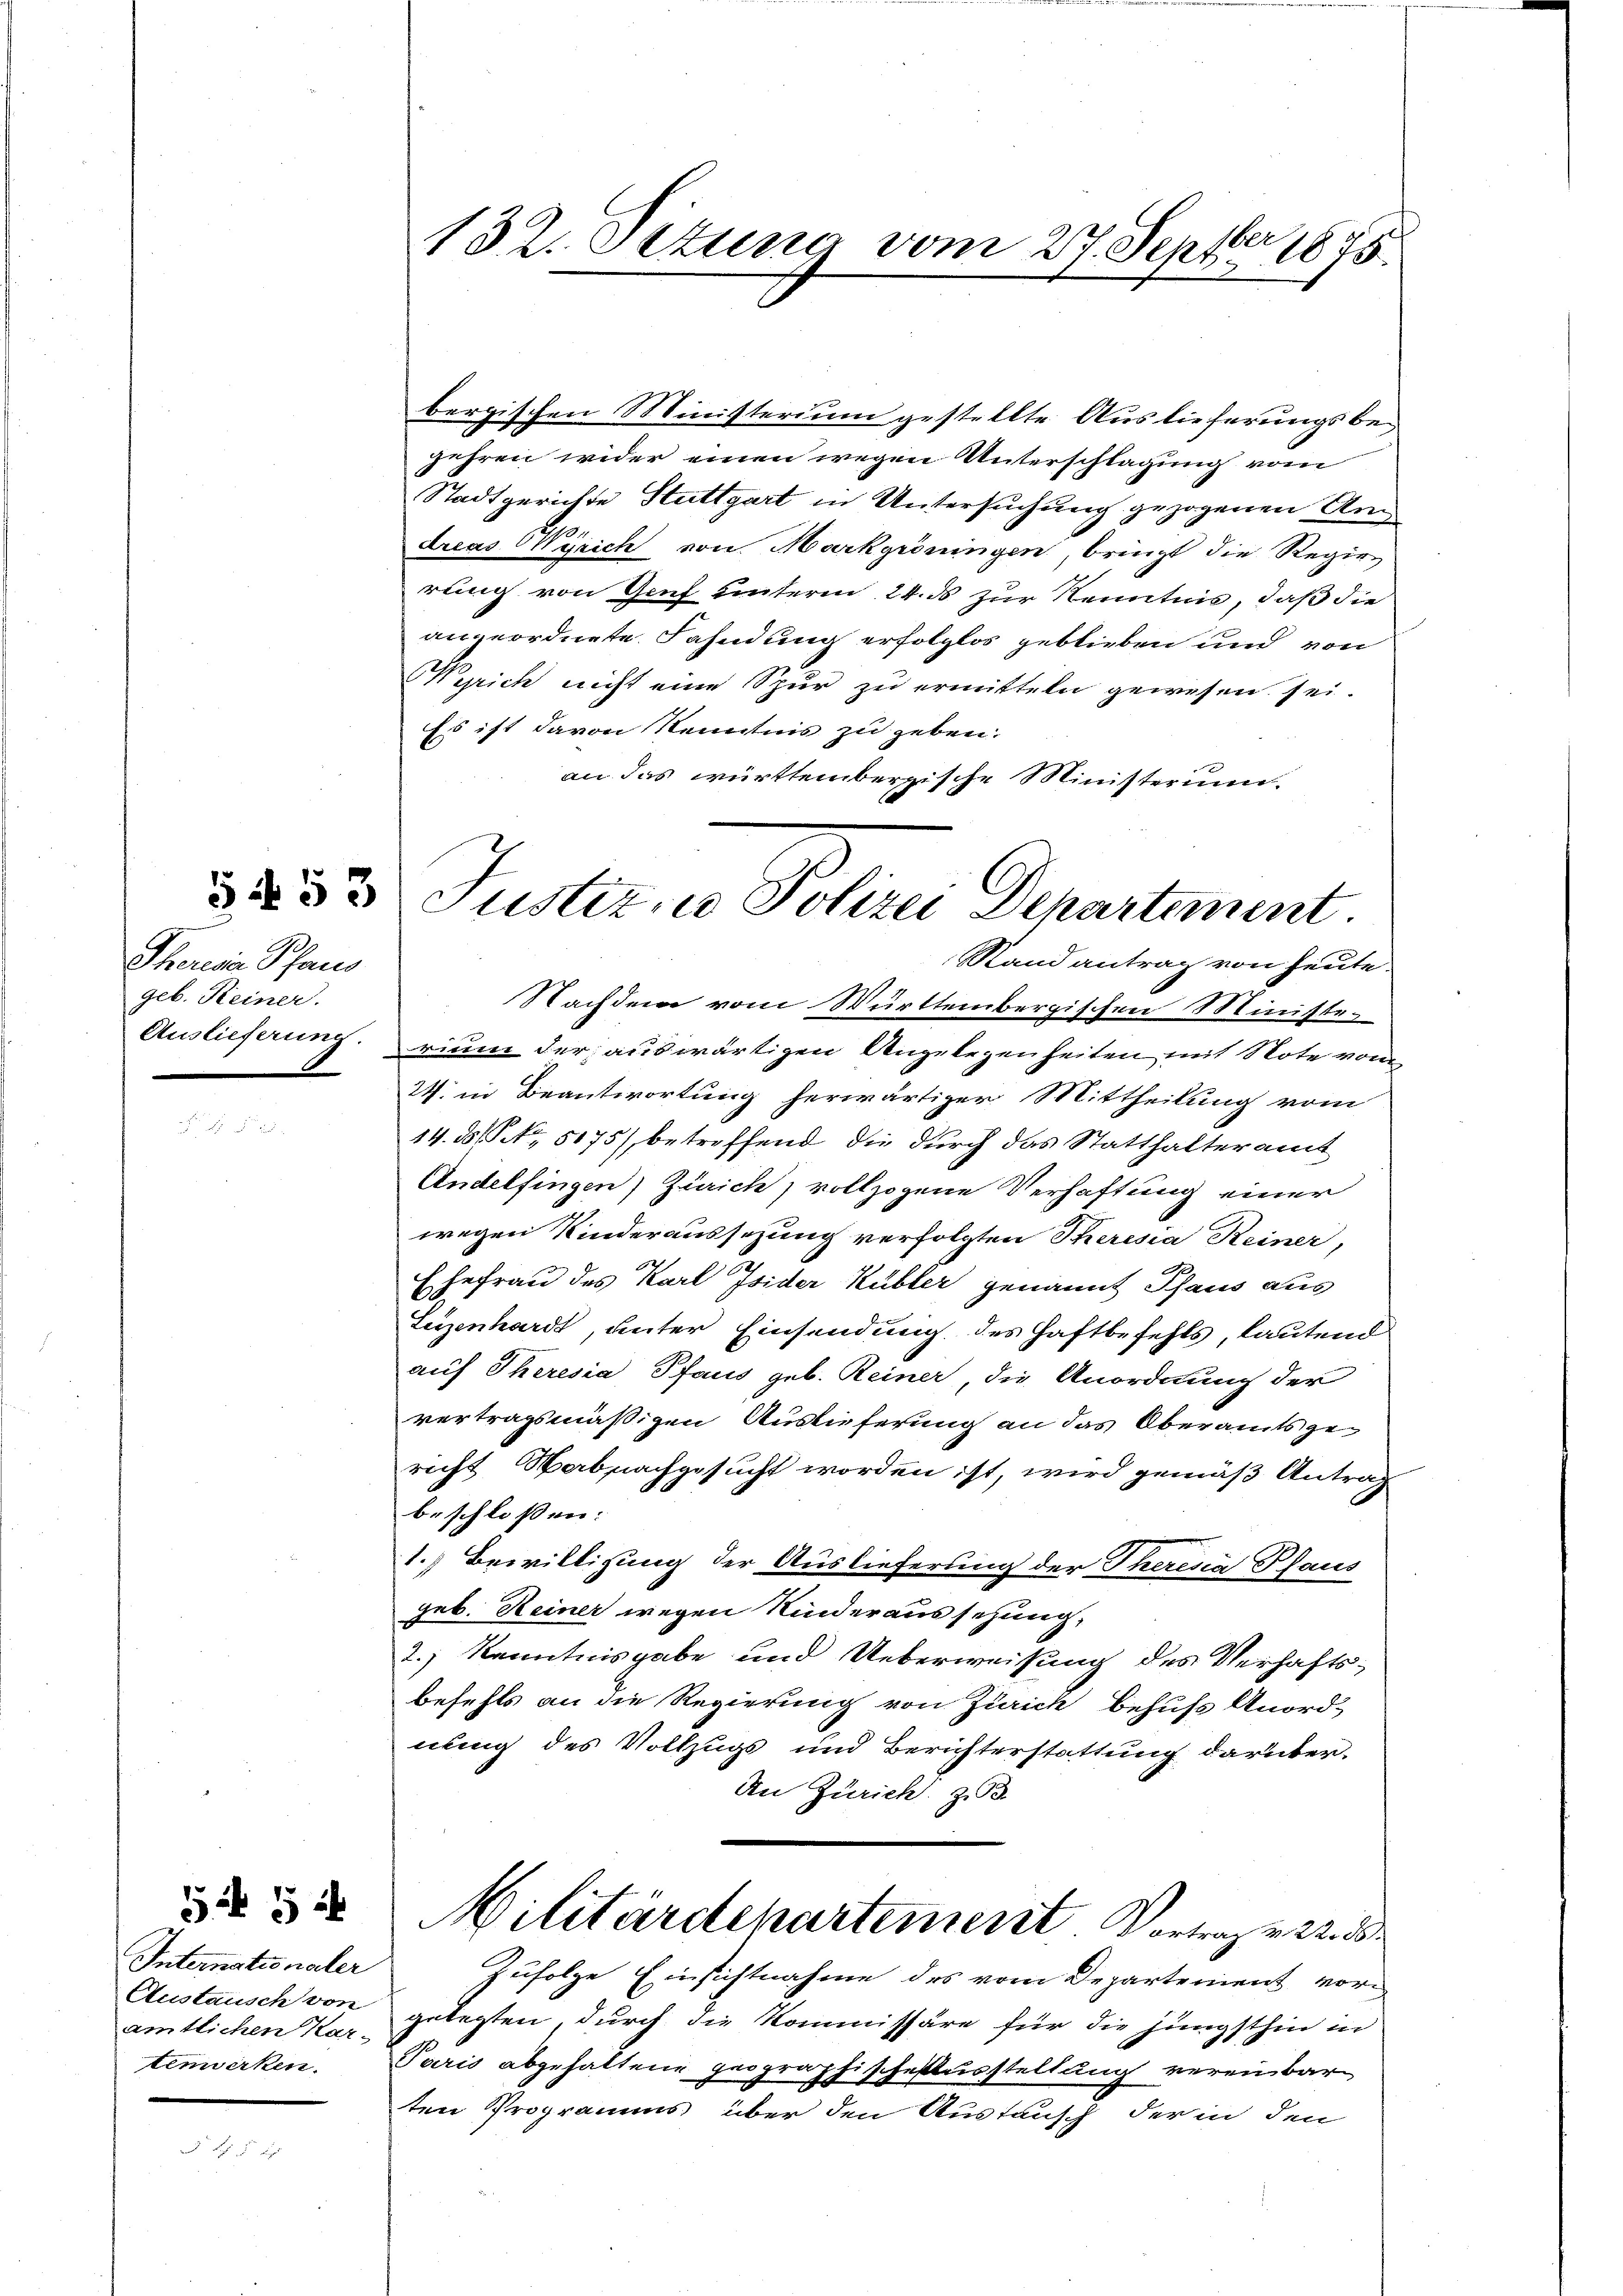
5453

Theresia Pfaus
geb. Keiner.

Internationaler
Austausch von
amtlichen Kar-
tenwirken.

554

bergischen Ministerium gestellte Auslieferungsbegehren wider einen wegen Unterschlagung vom
Stadtgerichte Stuttgart in Untersuchung gezogenen Andreas Wyrich von Markgröningen, bringt die Regierung von Genf unterm 24. ds zur Kenntnis, daß die
angeordnete Fahndung erfolglos geblieben und von
arich nicht eine Spur zu ermitteln gewesen sei.
Es ist davon Kenntnis zu geben.
an das württembergische Ministerium.

132. Setung vom 27. Septer 1875

Juster, u. Polizei Departement.

Stand antrag von heute.
Nachdem vom Württembergischen Ministe
Auslieferung. rium der auswärtigen Angelegenheiten mit Note vom
I. in Beantwortung herwärtiger Mittheilung vom
14.35 No 5175), betreffend die durch das Statthalteramt
Andelfingen) Zürich, vollzogene Verhaftung einer
wegen Kinderaussezung verfolgten Theresia Reiner,
Ehefrau des Karl Isider Kübler genannt Thaus aus
Leyzenhardt, unter Einsendung des Haftbefehls, lautend
auf Theresia Pfaus geb. Reiner, die Anordnung der
vertragsmäßigen Auslieferung an das Oberamtsgericht Wabnachgesucht worden ist, wird gemäß Antrag
beschloßen:
1. Bewilligung der Auslieferung der Theresia Pfaus
geb. Keiner wegen Kinderausschung,
2.) Kenntnisgabe und Ueberweisung des Verhaftsbefehls an die Regierung von Zürich behufs Anord-
nung des Vollzugs und Berichterstattung darüber.
An Zürich. z. B.
Militärdepartement. Vortrag v. 22. 3
Zufolge Einsichtnahme des vom Departement vorgelegten, durch die Kommissäre für die jüngsthin in
Paris abgehaltene prographische Ausstellung vereinbar
ten Programms über den Austausch der in den